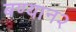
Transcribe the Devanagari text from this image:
बण्यान२